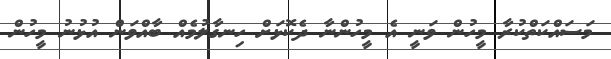
މަސައްކަތްކުރާ މީހުން ވަނީ އެ މީހުންނާ ދެކޮޅަށް ހިނގާލުމެއް ބާއްވަން އުޅުނު މީހުން